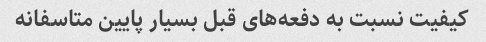
کیفیت نسبت به دفعه‌های قبل بسیار پایین متاسفانه